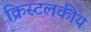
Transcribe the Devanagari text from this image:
क्रिस्टलकीय